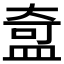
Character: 𬐣